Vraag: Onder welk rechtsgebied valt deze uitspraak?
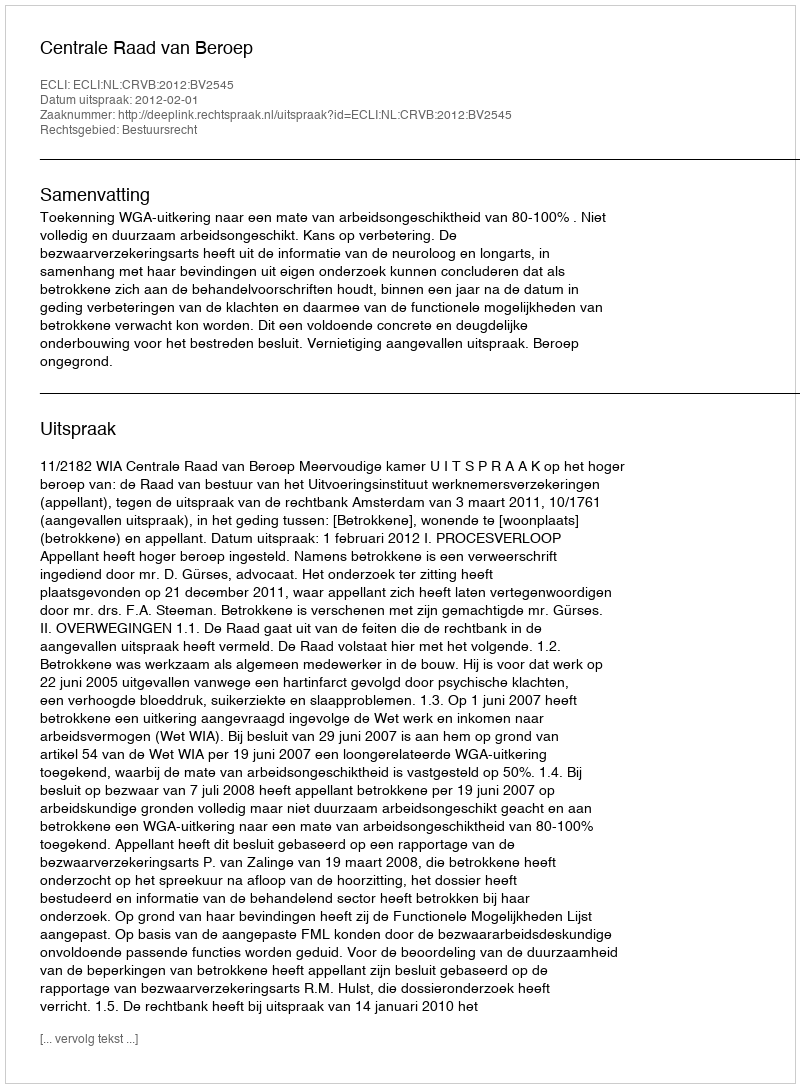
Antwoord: Bestuursrecht